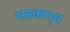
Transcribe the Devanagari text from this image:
सहकार्‍य